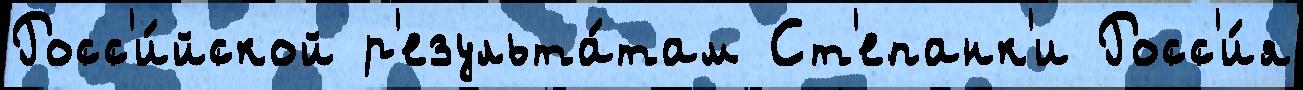
Росс'и́йской р'езульта́там Ст'епанк'и Росс'и́я